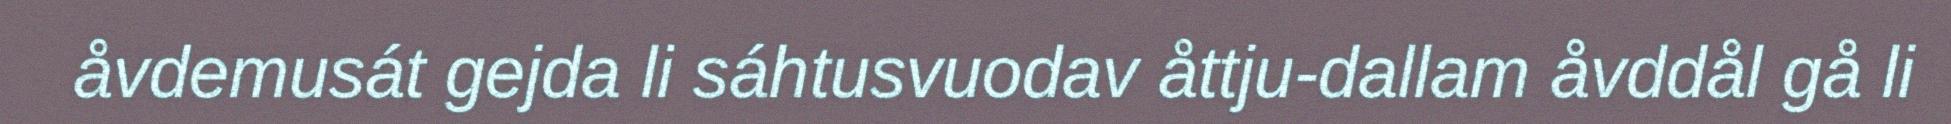
åvdemusát gejda li sáhtusvuodav åttju-dallam åvddål gå li